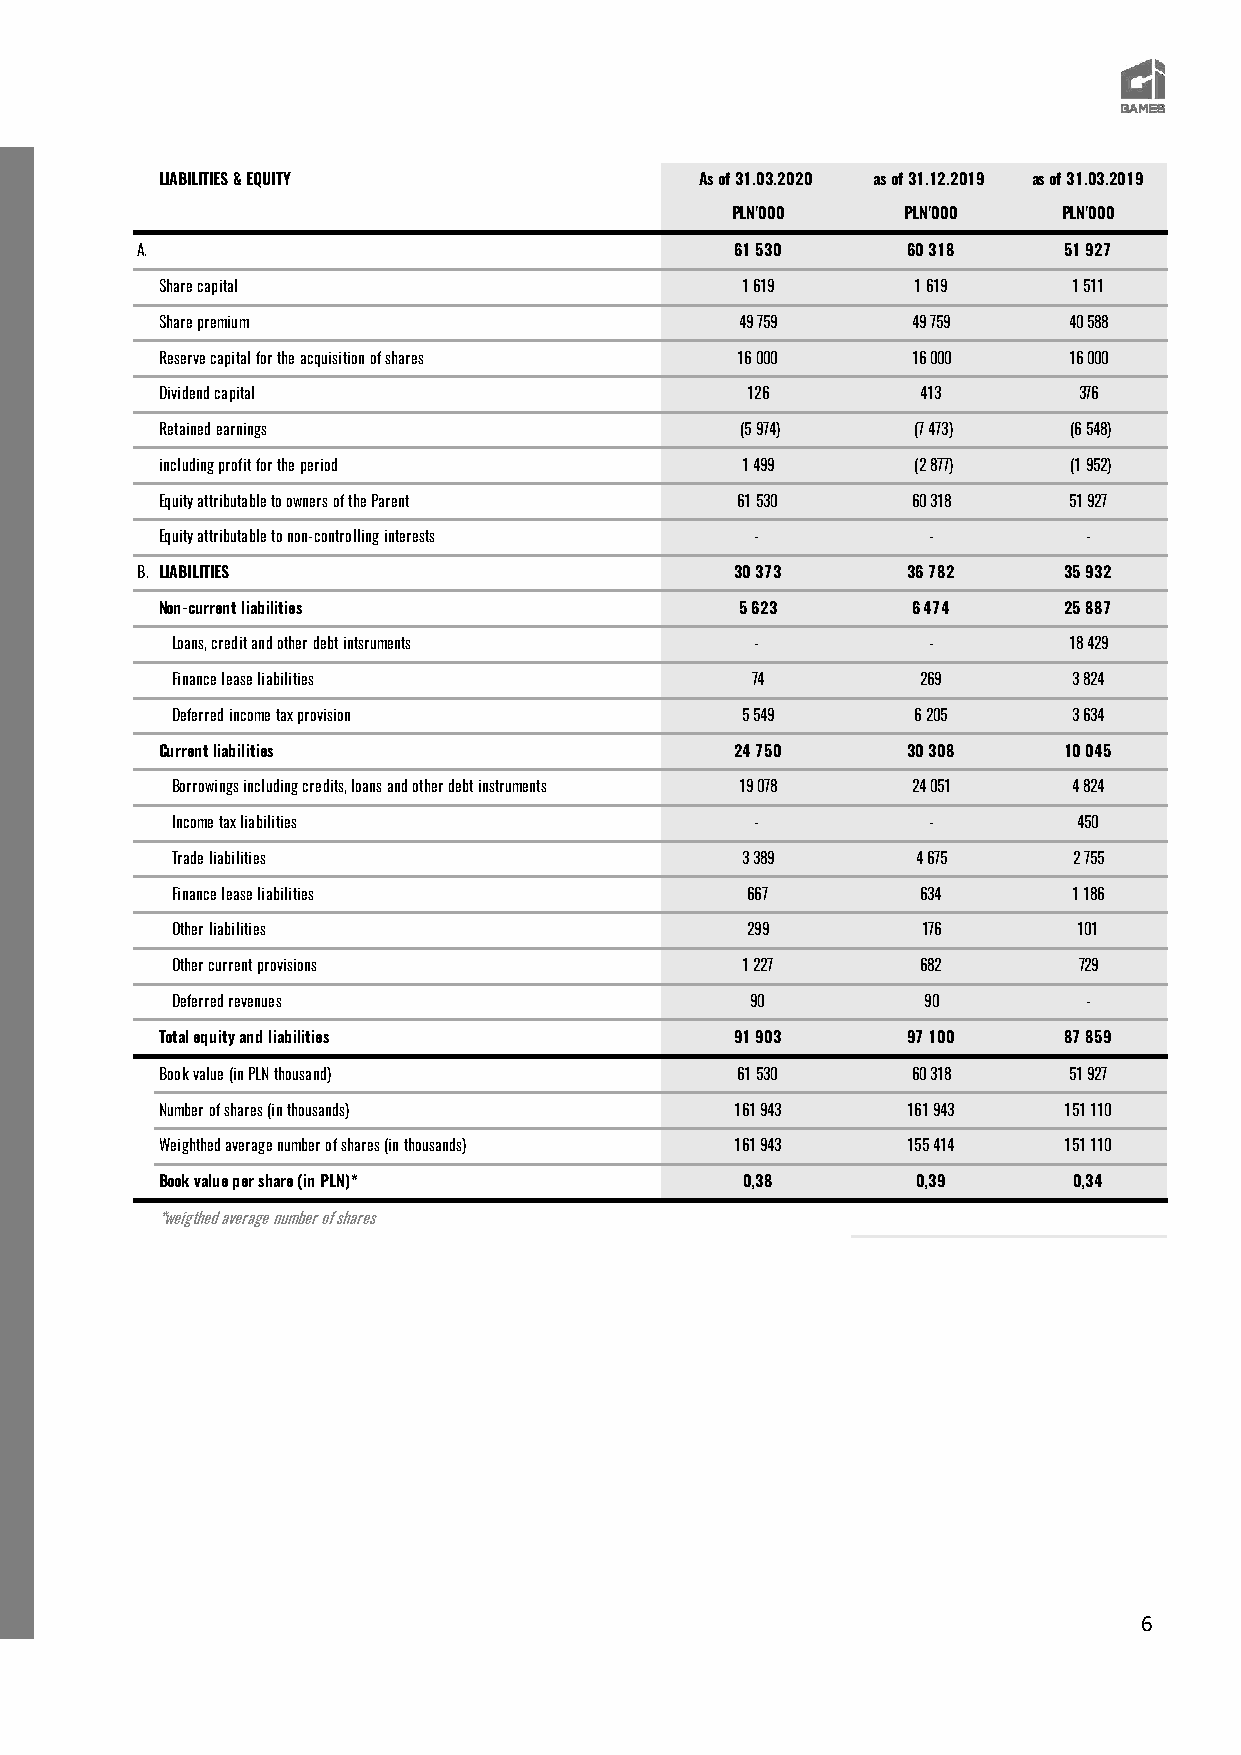
LIABILITIES & EQUITY               As of 31.03.2020 as of 31.12.2019 as of 31.03.2019
 PLN'000     PLN'000   PLN'000
 A.                                      61 530     60 318    51 927
 Share capital                         1 619       1 619     1 511
 Share premium                         49 759     49 759     40 588
 Reserve capital for the acquisition of shares 16 000 16 000 16 000
 Dividend capital                      126         413       376
 Retained earnings                     (5 974)    (7 473)    (6 548)
 including profit for the period       1 499      (2 877)    (1 952)
 Equity attributable to owners of the Parent 61 530 60 318   51 927
 Equity attributable to non-controlling interests - -         -
 B. LIABILITIES                          30 373     36 782    35 932
 Non-current liabilities               5 623      6 474     25 887
 Loans, credit and other debt intsruments -        -         18 429
 Finance lease liabilities              74         269       3 824
 Deferred income tax provision         5 549       6 205     3 634
 Current liabilities                   24 750     30 308    10 045
 Borrowings including credits, loans and other debt instruments 19 078 24 051 4 824
 Income tax liabilities                 -          -         450
 Trade liabilities                     3 389       4 675     2 755
 Finance lease liabilities             667         634       1 186
 Other liabilities                     299         176       101
 Other current provisions              1 227       682       729
 Deferred revenues                      90         90         -
 Total equity and liabilities          91 903     97 100    87 859
 Book value (in PLN thousand)          61 530     60 318     51 927
 Number of shares (in thousands)       161 943    161 943   151 110
 Weighthed average number of shares (in thousands) 161 943 155 414 151 110
 Book value per share (in PLN)*        0,38        0,39      0,34
 *weigthed average number of shares
 6